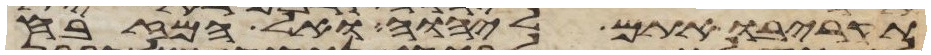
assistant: תקריבו אתם ליהוה ואל המזבח